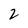
Character: 2